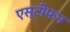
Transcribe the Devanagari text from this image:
एस्टीफन